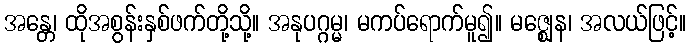
အန္တေ၊ ထိုအစွန်းနှစ်ဖက်တို့သို့။ အနုပဂ္ဂမ္မ၊ မကပ်ရောက်မူ၍။ မဇ္ဈေန၊ အလယ်ဖြင့်။